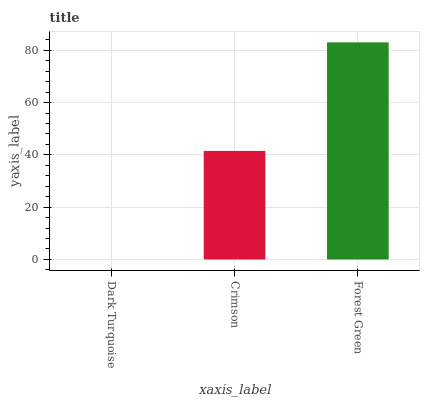
| xaxis_label | bars |
 | --- | --- |
 | Dark Turquoise | 0 |
 | Crimson | 41.5 |
 | Forest Green | 83.1 |